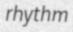
rhythm